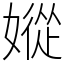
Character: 㜡